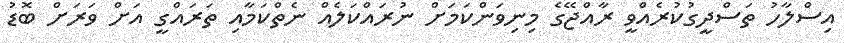
އިސްލާހު ތަސްދީގުކުރެއްވީ ރާއްޖޭގެ މިނިވަންކަމަށް ނުރައްކަލެއް ނެތްކަމާއި ތަރައްގީ އަށް ވަރަށް ބޮޑު